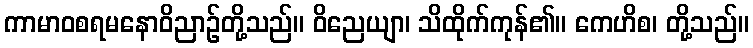
ကာမာဝစရမနောဝိညာဉ်တို့သည်။ ဝိညေယျာ၊ သိထိုက်ကုန်၏။ ကေဟိစ၊ တို့သည်။